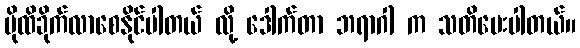
ပိုထိခိုက်လာစေနိုင်ပါတယ် လို့ ဒေါက်တာ ဘရာဂါ က သတိပေးပါတယ်။